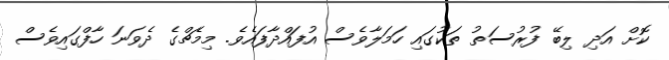
ކޮށް އަދި ލިބޭ ފުރުސަތު ތަކުގައި ހަމަލާވެސް އުފައްދާފައެވެ. މިމެޗްގެ ދެވަނަ ހާފްގައިވެސް